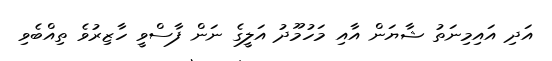
އަދި އައިމިނަތު ޝާޔަން އާއި މަހުމޫދު އަލީގެ ނަން ފާސްވީ ހާޒިރުވެ ތިއްބެވި